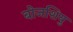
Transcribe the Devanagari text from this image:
बोजशियु